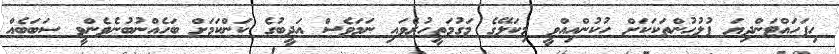
ހިފަހައްޓަންދިޔަ ފުލުހުންތަކަކަށް ހުކުންއިއްވީ މިކަލޭގެ މަގުމަތީހުރެވައި ނަމަވެސް އަދީބުގެ ކަންކަމަށް ބަހެއްނުބުނެވެންވީ ސަބަބެއް